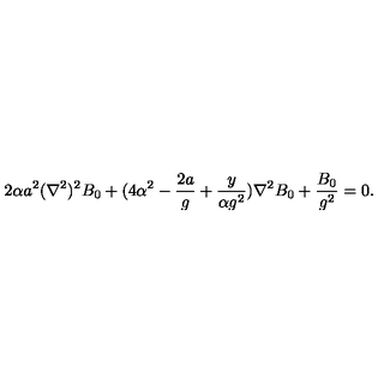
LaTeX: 2 \alpha a ^ { 2 } ( \nabla ^ { 2 } ) ^ { 2 } B _ { 0 } + ( 4 \alpha ^ { 2 } - { \frac { 2 a } { g } } + { \frac { y } { \alpha g ^ { 2 } } } ) \nabla ^ { 2 } B _ { 0 } + { \frac { B _ { 0 } } { g ^ { 2 } } } = 0 .